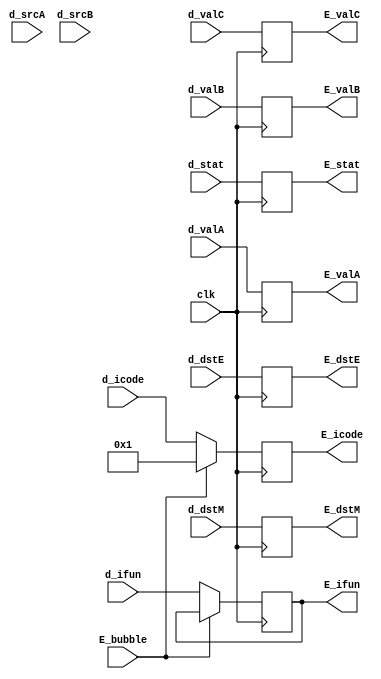
module e_reg(clk ,d_valA ,d_valB ,d_valC ,d_dstE ,d_dstM ,d_srcA ,d_srcB ,d_icode ,d_ifun ,d_stat ,
E_stat ,E_icode ,E_ifun ,E_valA ,E_valB ,E_valC ,E_dstE ,E_dstM, E_bubble);


input clk, E_bubble;
input [3:0] d_icode ,d_ifun;
input [3:0] d_dstE ,d_dstM;
input [3:0] d_srcA ,d_srcB;
input [3:0] d_stat;
input [63:0] d_valA ,d_valB, d_valC;


output reg[3:0]  E_icode,E_ifun;
output reg[3:0]  E_dstE ,E_dstM;
output reg[63:0] E_valA ,E_valB ,E_valC;
output reg[3:0]  E_stat;


always @(posedge clk)
begin 
   if(!E_bubble)begin
      E_icode <=  d_icode;
      E_ifun  <=  d_ifun ;
   end
   else begin
      E_icode = 4'b1;
   end
   E_stat  <=  d_stat ;
   E_valA  <=  d_valA ;
   E_valB  <=  d_valB ;
   E_valC  <=  d_valC ;
   E_dstE  <=  d_dstE ;
   E_dstM  <=  d_dstM ;
   
end

endmodule